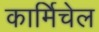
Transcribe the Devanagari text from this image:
कार्मिचेल